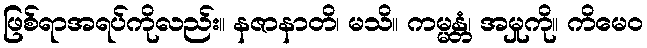
ဖြစ်ရာအရပ်ကိုလည်း။ နဇာနာတိ၊ မသိ။ ကမ္မန္တံ၊ အမှုကို။ ကိမေဝ